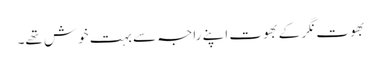
بھوت نگر کے بھوت اپنے راجہ سے بہت خوش تھے۔